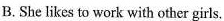
B. She likes to work with other girls.